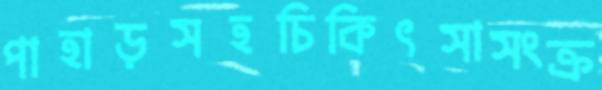
পাহাড়সহচিকিৎসাসংক্র